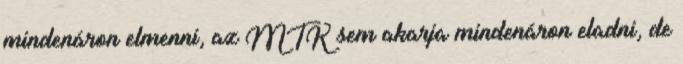
mindenáron elmenni, az MTK sem akarja mindenáron eladni, de